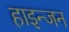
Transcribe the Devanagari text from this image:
हाइन्जन